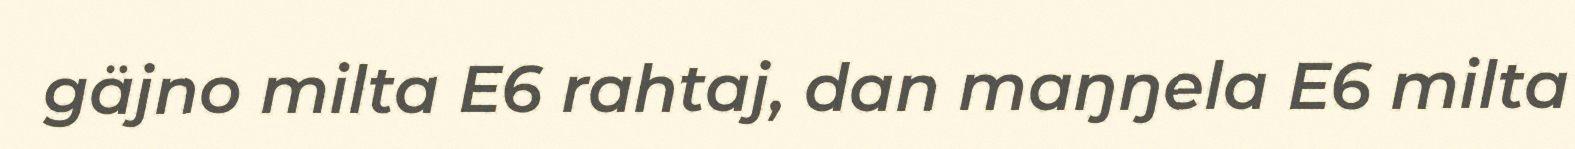
gäjno milta E6 rahtaj, dan maŋŋela E6 milta